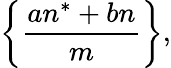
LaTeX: {\biggl\{ }{\frac{an^{*}+bn}{m}}{\biggr\} },